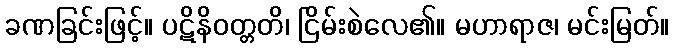
ခဏခြင်းဖြင့်။ ပဋိနိဝတ္တတိ၊ ငြိမ်းစဲလေ၏။ မဟာရာဇ၊ မင်းမြတ်။